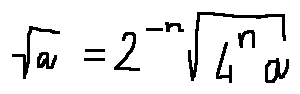
\sqrt { a } = 2 ^ { - n } \sqrt { 4 ^ { n } a }